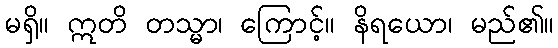
မရှိ။ ဣတိ တသ္မာ၊ ကြောင့်။ နိရယော၊ မည်၏။